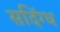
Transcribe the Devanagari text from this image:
सदिंग्ध